Account of plague administration in the Bombay Presidency from September 1896 till May 1897
Year: 1896
Disease focus: Plague
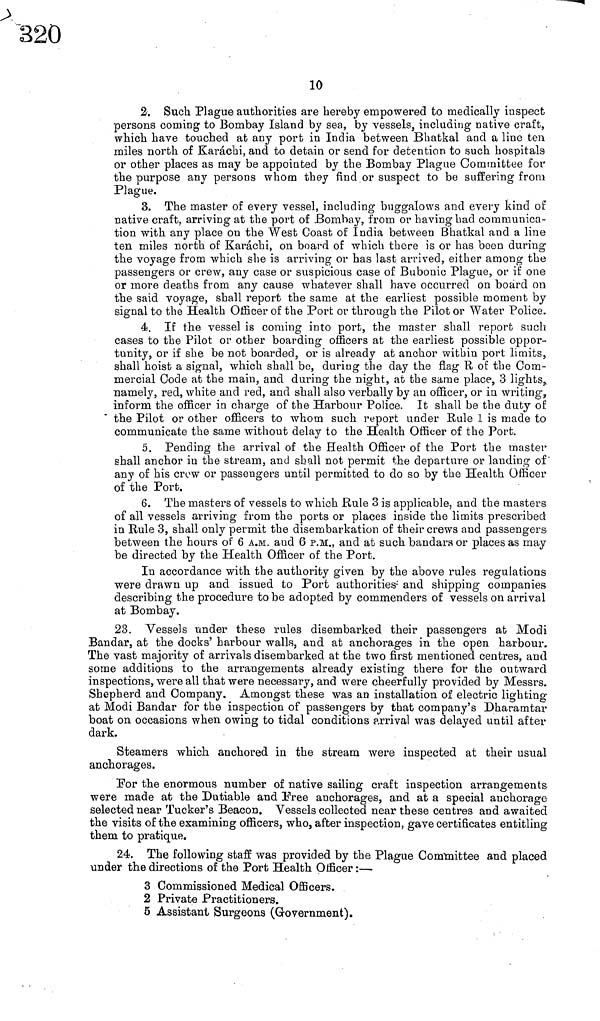
10
2. Such Plague authorities are hereby empowered to medically inspect
persons coming to Bombay Island by sea, by vessels, including native craft,
which have touched at any port in India between Bhatkal and a line ten
miles north of Karachi, and to detain or send for detention to such hospitals
or other places as may be appointed by the Bombay Plague Committee for
the purpose any persons whom they find or suspect to be suffering from
Plague.
3. The master of every vessel, including buggalows and every kind of
native craft, arriving at the port of Bombay, from or having had communica-
tion with any place on the West Coast of India between Bhatkal and a line
ten miles north of Karachi, on board of which there is or has been during
the voyage from which she is arriving or has last arrived, either among the
passengers or crew, any case or suspicious case of Bubonic Plague, or if one
or more deaths from any cause whatever shall have occurred on board on
the said voya.ge, shall report the same at the earliest possible moment by
signal to the Health Officer of the Port or through the Pilot or Water Police.
4. If the vessel is coming into port, the master shall report such
cases to the Pilot or other boarding officers at the earliest possible oppor-
tunity, or if she be not boarded, or is already at anchor within port limits,
shall hoist a signal, which shall be, during the day the flag R of the Com-
mercial Code at the main, and during the night, at the same place, 3 lights,
namely, red, white and red, and shall also verbally by an officer, or in writing,
inform the officer in charge of the Harbour Police. It shall be the duty of
the Pilot or other officers to whom such report under Rule 1 is made to
communicate the same without delay to the Health Officer of the Port.
5. Pending the arrival of the Health Officer of the Port the master
shall anchor in the stream, and shall not permit the departure or landing of
any of his crow or passengers until permitted to do so by the Health Officer
of the Port.
6. The masters of vessels to which .Rule 3 is applicable, and the masters
of all vessels arriving from the ports or places inside the limits prescribed
in Rule 3, shall only permit the disembarkation of their crews and passengers
between the hours of 6 A.M. and 6 P.M., and at such bandars or places as may
be directed by the Health Officer of the Port.
In accordance with the authority given by the above rules regulations
were drawn up and issued to Port authorities· and shipping companies
describing the procedure to be adopted by commenders of vessels on arrival
at Bombay.
23. Vessels under these rules disembarked their passengers at Modi
Bandar, at the docks' harbour walls, and at anchorages in the open harbour.
The vast majority of arrivals disembarked at the two first mentioned centres, and
some additions to the arrangements already existing there for the outward
inspections, were all that were necessary, and were cheerfully provided by Messrs.
Shepherd and Company. Amongst these was an installation of electric lighting
at Modi Bandar for the inspection of passengers by that company's Dharamtar
boat on occasions when owing to tidal conditions arrival was delayed until after
dark.
Steamers which anchored in the stream were inspected at their usual
anchorages.
For the enormous number of native sailing craft inspection arrangements
were made at the Dutiable and Free anchorages, and at a special anchorage
selected near Tucker's Beacon. Vessels collected near these centres and awaited
the visits of the examining officers, who, after inspection, gave certificates entitling
them to pratique.
24. The following staff was provided by the Plague Committee and placed
under the directions of the Port Health Officer :—
3 Commissioned Medical Officers.
2 Private Practitioners.
5 Assistant Surgeons (Government),